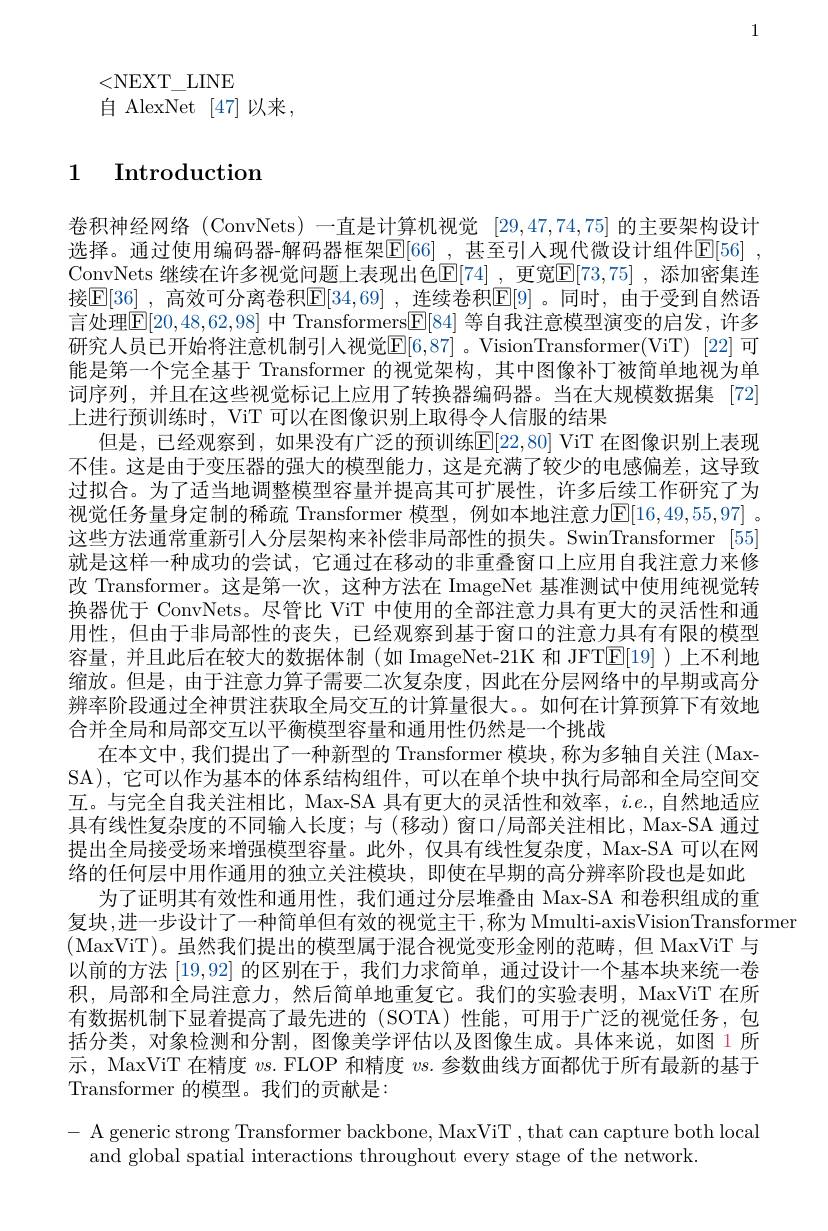
1

<NEXT\_LINE
自 AlexNet [47] 以来，

# 1 Introduction

卷积神经网络 (ConvNets) 一直是计算机视觉[29,47,74,75]的主要架构设计选择。通过使用编码器-解码器框架E[66] , 甚至引人现代微设计组件[E[56] , ConvNets 继续在许多视觉问题上表现出色$[ \mathbb{E} [ 74]$ ,更宽E[73,75] , 添加密集连接$\boxed{\mathbb{E} [ 36] }$ , 高效可分离卷积$\boxed{\mathbb{E} [ 34, 69] }$ , 连续卷积$\boxed{\mathbb{E}[9]}$。同时，由于受到自然语言处理$\mathbb{E}[20,48,62,98]$ 中 Transformers[F[84] 等自我注意模型演变的启发，许多研究人员已开始将注意机制引人视觉$\mathbb{E}[6,87]$。VisionTransformer(ViT) [22]可能是第一个完全基于 Transformer 的视觉架构，其中图像补丁被简单地视为单词序列，并且在这些视觉标记上应用了转换器编码器。当在大规模数据集 [72] 上进行预训练时，ViT 可以在图像识别上取得令人信服的结果
但是，已经观察到，如果没有广泛的预训练E|22,80| ViT 在图像识别上表现不佳。这是由于变压器的强大的模型能力，这是充满了较少的电感偏差，这导致过拟合。为了适当地调整模型容量并提高其可扩展性，许多后续工作研究了为视觉任务量身定制的稀疏 Transformer 模型，例如本地注意力$\boxed{\mathrm{E}}[16,49,55,97]$ 。这些方法通常重新引人分层架构来补偿非局部性的损失。SwinTransformer [55] 就是这样一种成功的尝试，它通过在移动的非重叠窗口上应用自我注意力来修改 Transformer。这是第一次，这种方法在 ImageNet 基准测试中使用纯视觉转换器优于 ConvNets。尽管比 ViT 中使用的全部注意力具有更大的灵活性和通用性，但由于非局部性的丧失，已经观察到基于窗口的注意力具有有限的模型容量，并且此后在较大的数据体制(如 ImageNet-21K 和 JFTE[19] )上不利地缩放。但是，由于注意力算子需要二次复杂度，因此在分层网络中的早期或高分辨率阶段通过全神贯注获取全局交互的计算量很大。。如何在计算预算下有效地合并全局和局部交互以平衡模型容量和通用性仍然是一个挑战
在本文中，我们提出了一种新型的 Transformer 模块，称为多轴自关注(MaxSA),它可以作为基本的体系结构组件，可以在单个块中执行局部和全局空间交互。与完全自我关注相比，Max-SA 具有更大的灵活性和效率，$i.e.$,自然地适应具有线性复杂度的不同输入长度；与 (移动) 窗口/局部关注相比，Max-SA 通过提出全局接受场来增强模型容量。此外，仅具有线性复杂度，Max-SA 可以在网络的任何层中用作通用的独立关注模块，即使在早期的高分辨率阶段也是如此
为了证明其有效性和通用性，我们通过分层堆叠由 Max-SA 和卷积组成的重
复块，进一步设计了一种简单但有效的视觉主干，称为 Mmulti-axisVisionTransformer
(MaxViT)。虽然我们提出的模型属于混合视觉变形金刚的范畴，但 MaxViT 与以前的方法|19,92|的区别在于，我们力求简单，通过设计一个基本块来统一卷积，局部和全局注意力，然后简单地重复它。我们的实验表明，MaxViT 在所有数据机制下显着提高了最先进的 (SOTA)性能，可用于广泛的视觉任务，包括分类，对象检测和分割，图像美学评估以及图像生成。具体来说，如图 1所示，MaxViT 在精度$v$s. FLOP 和精度$vs.$参数曲线方面都优于所有最新的基于Transformer 的模型。我们的贡献是：
- A generic strong Transformer backbone, MaxViT , that can capture both local

and global spatial interactions throughout every stage of the network.